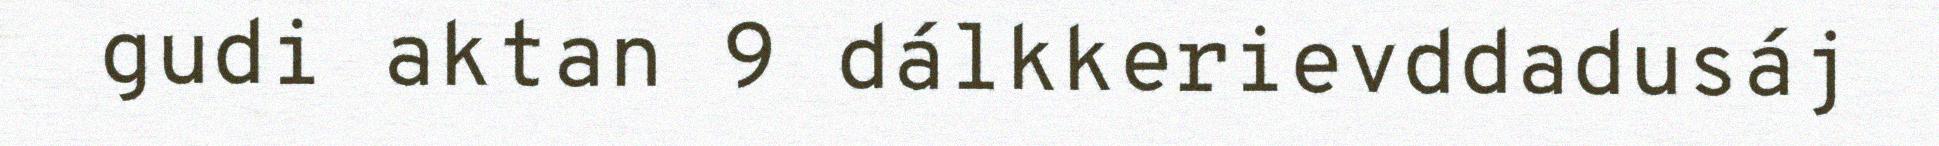
gudi aktan 9 dálkkerievddadusáj